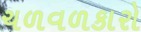
ચળવળકારો